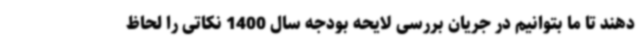
دهند تا ما بتوانیم در جریان بررسی لایحه بودجه سال 1400 نکاتی را لحاظ